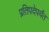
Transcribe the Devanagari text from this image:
प्रतिपदेपर्यंत